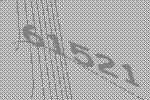
61521